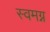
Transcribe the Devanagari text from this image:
स्वमग्न